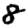
Digit: 8